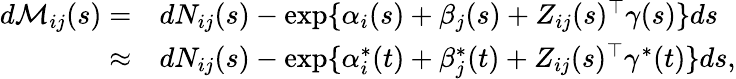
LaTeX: \begin{array}{rl}{d\mathcal{M}_{ij}(s)=}&{dN_{ij}(s)-\exp\{ \alpha_{i}(s)+\beta_{j}(s)+Z_{ij}(s)^{\top}\gamma(s)\} ds}\\ {\approx}&{dN_{ij}(s)-\exp\{ \alpha_{i}^{*}(t)+\beta_{j}^{*}(t)+Z_{ij}(s)^{\top}\gamma^{*}(t)\} ds,}\end{array}